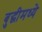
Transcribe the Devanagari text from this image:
बुद्धीमध्ये